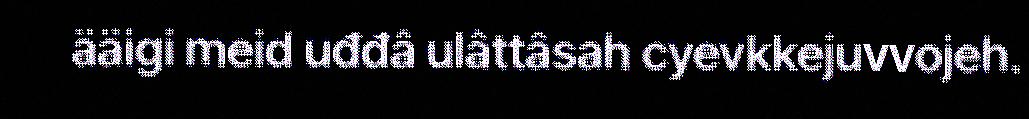
ääigi meid uđđâ ulâttâsah cyevkkejuvvojeh.